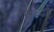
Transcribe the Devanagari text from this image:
सुध्‍दा